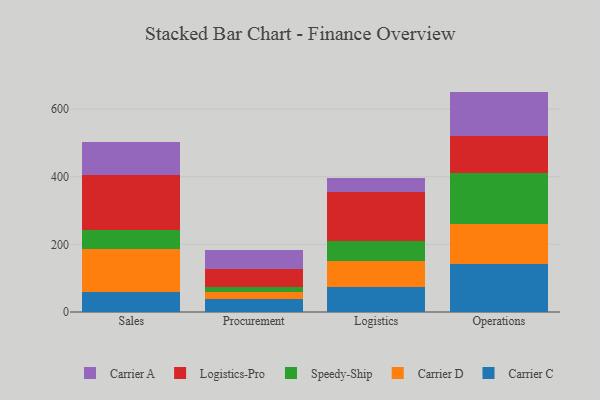
{"axis": {"x": "Department", "y": "Population (Million)"}, "legend": ["Carrier A", "Carrier C", "Carrier D", "Logistics-Pro", "Speedy-Ship"], "data": [{"x": "Sales", "y": 59.0, "type": "Carrier C"}, {"x": "Sales", "y": 128.3, "type": "Carrier D"}, {"x": "Sales", "y": 54.2, "type": "Speedy-Ship"}, {"x": "Sales", "y": 162.8, "type": "Logistics-Pro"}, {"x": "Sales", "y": 98.3, "type": "Carrier A"}, {"x": "Procurement", "y": 39.0, "type": "Carrier C"}, {"x": "Procurement", "y": 21.4, "type": "Carrier D"}, {"x": "Procurement", "y": 12.3, "type": "Speedy-Ship"}, {"x": "Procurement", "y": 54.5, "type": "Logistics-Pro"}, {"x": "Procurement", "y": 55.9, "type": "Carrier A"}, {"x": "Logistics", "y": 73.4, "type": "Carrier C"}, {"x": "Logistics", "y": 77.7, "type": "Carrier D"}, {"x": "Logistics", "y": 59.3, "type": "Speedy-Ship"}, {"x": "Logistics", "y": 143.2, "type": "Logistics-Pro"}, {"x": "Logistics", "y": 42.6, "type": "Carrier A"}, {"x": "Operations", "y": 141.1, "type": "Carrier C"}, {"x": "Operations", "y": 119.0, "type": "Carrier D"}, {"x": "Operations", "y": 150.7, "type": "Speedy-Ship"}, {"x": "Operations", "y": 108.4, "type": "Logistics-Pro"}, {"x": "Operations", "y": 132.8, "type": "Carrier A"}]}